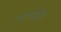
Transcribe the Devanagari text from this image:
अरटाबोट्रिस